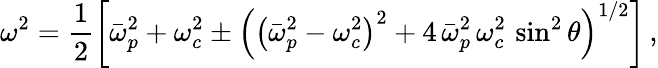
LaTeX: \omega^{2}=\frac{1}{2}\left[\bar{\omega}_{p}^{2}+\omega_{c}^{2}\pm\left(\left(\bar{\omega}_{p}^{2}-\omega_{c}^{2}\right)^{2}+4\, \bar{\omega}_{p}^{2}\, \omega_{c}^{2}\, \sin^{2}\theta\right)^{1/2}\right]\, ,